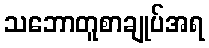
သဘောတူစာချုပ်အရ